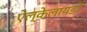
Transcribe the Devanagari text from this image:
ऐल्केलायडों